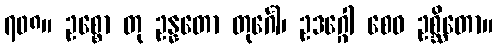
၇၀၈။ ဥစ္စော တု ဥန္နတော တုင်္ဂေါ၊ ဥဒဂ္ဂေါ စေဝ ဥစ္ဆိတော။